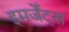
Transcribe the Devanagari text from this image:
इमर्जेंट्स